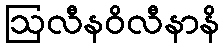
ဩလီနဝိလီနာနိ